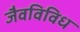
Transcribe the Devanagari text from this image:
जैवविविध